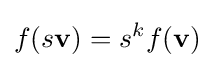
f(s\mathbf {v} )=s^{k}f(\mathbf {v} )